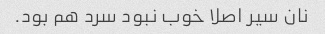
نان سیر اصلا خوب نبود سرد هم بود.